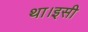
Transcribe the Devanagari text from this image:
था।इसी